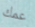
عمك